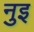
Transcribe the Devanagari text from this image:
नुइ